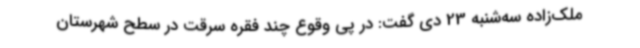
ملک‌زاده سه‌شنبه 23 دی گفت: در پی وقوع چند فقره سرقت در سطح شهرستان